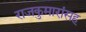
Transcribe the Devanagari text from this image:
राजकुमारांसह